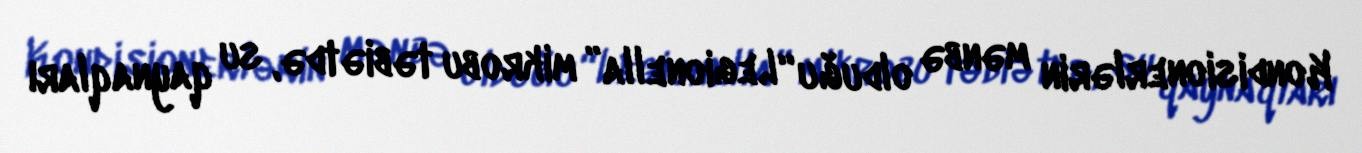
Kondisionerlərin mənbə olduğu “Legionella” mikrobu təbiətdə, su qaynaqları